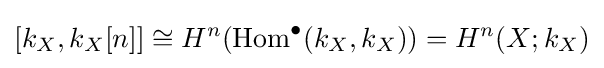
[k_{X},k_{X}[n]]\cong H^{n}(\mathrm {Hom} ^{\bullet }(k_{X},k_{X}))=H^{n}(X;k_{X})